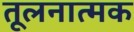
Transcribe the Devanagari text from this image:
तूलनात्मक